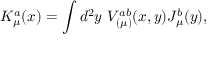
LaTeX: K _ { \mu } ^ { a } ( x ) = \int d ^ { 2 } y ~ V _ { ( \mu ) } ^ { a b } ( x , y ) J _ { \mu } ^ { b } ( y ) ,